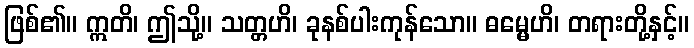
ဖြစ်၏။ ဣတိ၊ ဤသို့။ သတ္တဟိ၊ ခုနစ်ပါးကုန်သော။ ဓမ္မေဟိ၊ တရားတို့နှင့်။